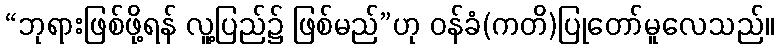
“ဘုရားဖြစ်ဖို့ရန် လူ့ပြည်၌ ဖြစ်မည်”ဟု ဝန်ခံ(ကတိ)ပြုတော်မူလေသည်။